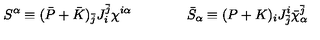
S ^ { \alpha } \equiv ( \bar { P } + \bar { K } ) _ { \bar { j } } J _ { i } ^ { \bar { j } } \chi ^ { i \alpha } \qquad \qquad \bar { S } _ { \alpha } \equiv ( P + K ) _ { i } J _ { \bar { j } } ^ { i } \bar { \chi } _ { \alpha } ^ { \bar { j } }